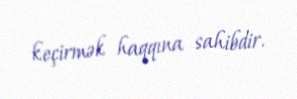
keçirmək haqqına sahibdir.